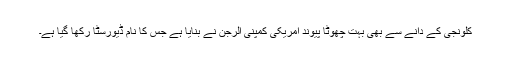
کلونجی کے دانے سے بھی بہت چھوٹا پیوند امریکی کمپنی الرجن نے بنایا ہے جس کا نام ڈیورسٹا رکھا گیا ہے۔